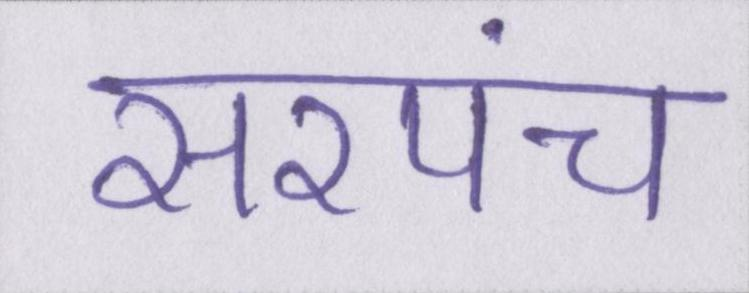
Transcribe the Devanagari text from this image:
सरपंच